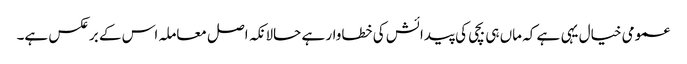
عمومی خیال یہی ہے کہ ماں ہی بچی کی پیدائش کی خطاوار ہے حالانکہ اصل معاملہ اس کے برعکس ہے۔